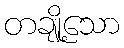
တချို့သော